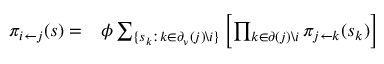
\begin{array} { r l } { \pi _ { i \leftarrow j } ( s ) = } & { { } \phi \sum _ { \{ s _ { k } : k \in \partial _ { \nu } ( j ) \backslash i \} } \left[ \prod _ { k \in \partial ( j ) \backslash i } \pi _ { j \leftarrow k } ( s _ { k } ) \right] } \end{array}